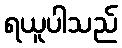
ရယူပါသည်